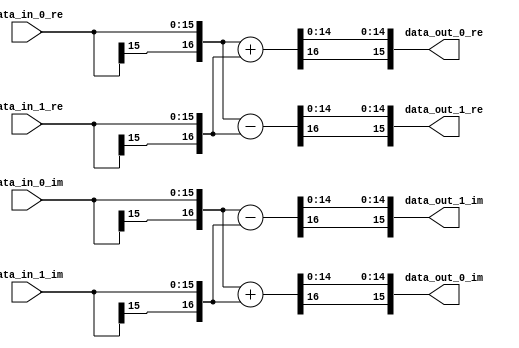
`timescale 1ns/100ps
module bf4 #(parameter WIDTH = 16)(
	input  [WIDTH-1:0] data_in_0_re,
	input  [WIDTH-1:0] data_in_0_im,
	input  [WIDTH-1:0] data_in_1_re,
	input  [WIDTH-1:0] data_in_1_im,
	output [WIDTH-1:0] data_out_0_re,
	output [WIDTH-1:0] data_out_0_im,
	output [WIDTH-1:0] data_out_1_re,
	output [WIDTH-1:0] data_out_1_im
);

wire [WIDTH:0] re_0_w;
wire [WIDTH:0] im_0_w;
wire [WIDTH:0] re_1_w;
wire [WIDTH:0] im_1_w;

assign re_0_w = ({data_in_0_re[WIDTH-1],data_in_0_re} + {data_in_1_re[WIDTH-1],data_in_1_re});
assign data_out_0_re = {re_0_w[WIDTH],re_0_w[WIDTH-2:0]};
assign im_0_w = ({data_in_0_im[WIDTH-1],data_in_0_im} + {data_in_1_im[WIDTH-1],data_in_1_im});
assign data_out_0_im = {im_0_w[WIDTH],im_0_w[WIDTH-2:0]};

assign re_1_w = ({data_in_0_re[WIDTH-1],data_in_0_re} - {data_in_1_re[WIDTH-1],data_in_1_re});
assign data_out_1_re = {re_1_w[WIDTH],re_1_w[WIDTH-2:0]};
assign im_1_w = ({data_in_0_im[WIDTH-1],data_in_0_im} - {data_in_1_im[WIDTH-1],data_in_1_im});
assign data_out_1_im = {im_1_w[WIDTH],im_1_w[WIDTH-2:0]};

endmodule